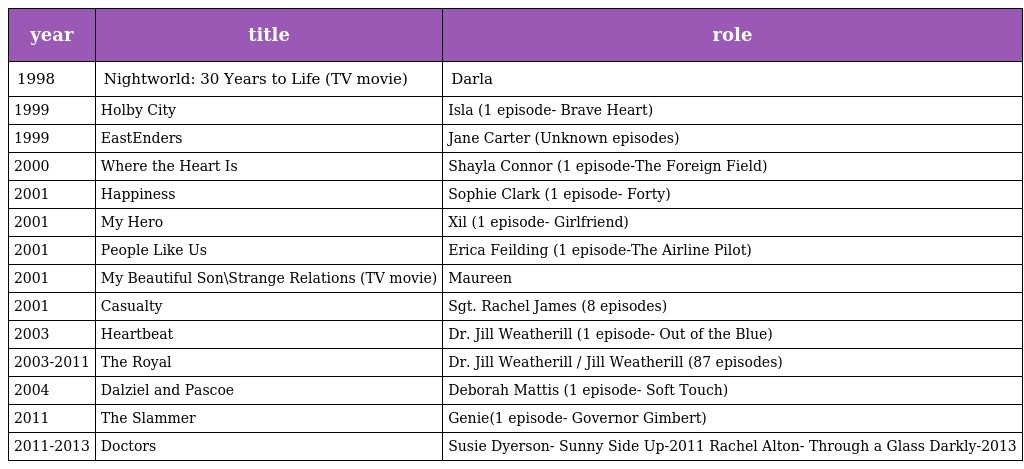
| year | title | role |
 | --- | --- | --- |
 | 1998 | Nightworld: 30 Years to Life (TV movie) | Darla |
 | 1999 | Holby City | Isla (1 episode- Brave Heart) |
 | 1999 | EastEnders | Jane Carter (Unknown episodes) |
 | 2000 | Where the Heart Is | Shayla Connor (1 episode-The Foreign Field) |
 | 2001 | Happiness | Sophie Clark (1 episode- Forty) |
 | 2001 | My Hero | Xil (1 episode- Girlfriend) |
 | 2001 | People Like Us | Erica Feilding (1 episode-The Airline Pilot) |
 | 2001 | My Beautiful Son\Strange Relations (TV movie) | Maureen |
 | 2001 | Casualty | Sgt. Rachel James (8 episodes) |
 | 2003 | Heartbeat | Dr. Jill Weatherill (1 episode- Out of the Blue) |
 | 2003-2011 | The Royal | Dr. Jill Weatherill / Jill Weatherill (87 episodes) |
 | 2004 | Dalziel and Pascoe | Deborah Mattis (1 episode- Soft Touch) |
 | 2011 | The Slammer | Genie(1 episode- Governor Gimbert) |
 | 2011-2013 | Doctors | Susie Dyerson- Sunny Side Up-2011 Rachel Alton- Through a Glass Darkly-2013 |